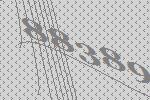
88389